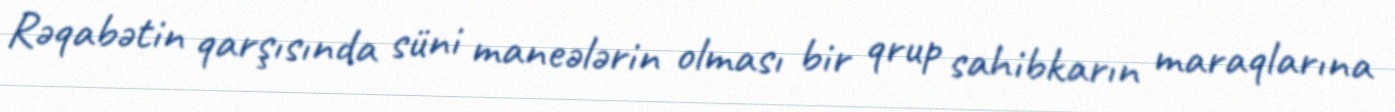
Rəqabətin qarşısında süni maneələrin olması bir qrup sahibkarın maraqlarına